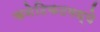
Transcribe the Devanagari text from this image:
कनेटिकटमध्ये